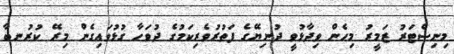
މިނިސްޓަރު ޒަމީރު މިހެން ވިދާޅުވީ ދުނިޔޭގެ ފަތުރުވެރިކަމުގެ ދުވަހާ ގުޅުވައިގެން މިރޭ ކުރުނބާ